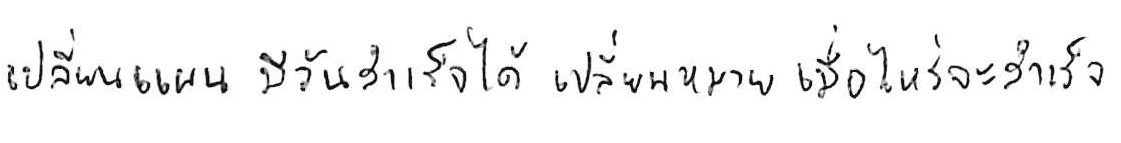
เปลี่ยนแผน มีวันสำเร็จได้ เปลี่ยนเป้าหมาย เมื่อไหร่จะสำเร็จ